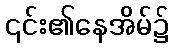
၎င်း၏နေအိမ်၌